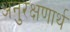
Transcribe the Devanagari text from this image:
अनुरक्षणार्थ